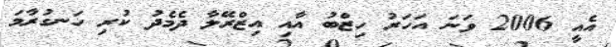
އެއީ 2006 ވަނަ އަހަރު ހިޒްބު އާއި އިޒްރޭލާ ދެމެދު ކުރި ހަނގުރާމަ